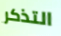
التذكر